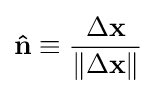
\mathbf {\hat {n}} \equiv {\frac {\Delta \mathbf {x} }{\|\Delta \mathbf {x} \|}}